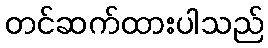
တင်ဆက်ထားပါသည်